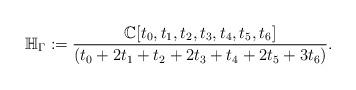
LaTeX: \begin{align*}\mathbb{H}_{\Gamma}:=\frac{\mathbb{C}[t_0,t_1,t_2,t_3,t_4,t_5,t_6]}{(t_0+2t_1+t_2+2t_3+t_4+2t_5+3t_6)}.\end{align*}